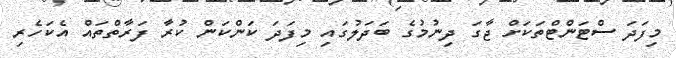
މިފަދަ ސްޓަންޓްތަކަށް ޖާގަ ދިނުމުގެ ބަދަލުގައި މިފަދަ ކަންކަން ކުރާ ފަރާތްތައް އެކަހެރި